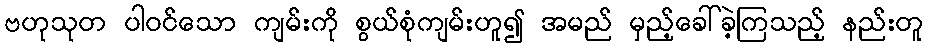
ဗဟုသုတ ပါဝင်သော ကျမ်းကို စွယ်စုံကျမ်းဟူ၍ အမည် မှည့်ခေါ်ခဲ့ကြသည့် နည်းတူ